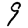
Digit: 9